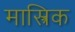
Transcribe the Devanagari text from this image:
मास्त्रिक